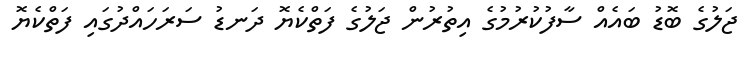
ޖަލުގެ ބޮޑު ބައެއް ސާފުކުރުމުގެ އިތުރުން ޖަލުގެ ފަތްކެޔޮ ދަނޑު ސަރަހައްދުގައި ފަތްކެޔޮ